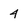
Character: 4